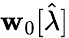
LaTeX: \mathbf{w}_{0}[\hat{{\lambda}}]